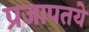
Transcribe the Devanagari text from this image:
प्रजापतये